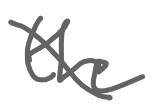
Text: the
Cross-out: diagonal
Writing tool: digital_gray